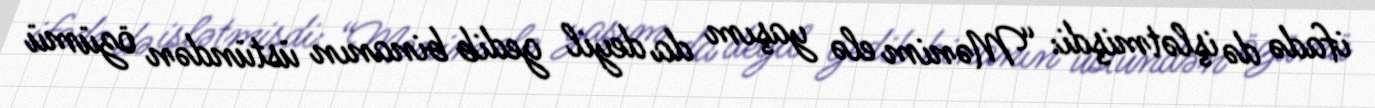
ifadə də işlətmişdi: “Mənim elə yaşım da deyil gedib binanın üstündən özümü